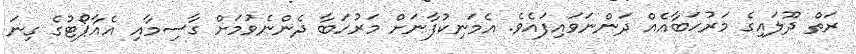
ރަތް ދޫލައިގެ މަރުހަބާއެއް ދަންނަވައިފައެވެ. އެމަނިކުފާނަށް މަރުހަބާ ދެންނެވުމަށް ގާސިމާއި އެއާޕޯޓުގެ ގިނަ